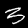
Digit: 3